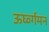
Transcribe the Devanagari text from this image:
ऊर्घ्व्गमन